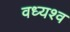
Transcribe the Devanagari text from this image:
वध्यश्व